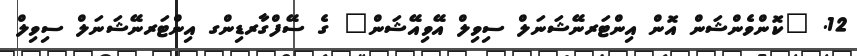
12. "ކޮންވެންޝަން އޮން އިންޓަރނޭޝަނަލް ސިވިލް އޭވިއޭޝަން" ގެ ސޭފްގާރޑިންގ އިންޓަރނޭޝަނަލް ސިވިލް